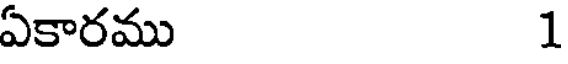
ఏకారము 1